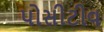
પોસીટીવ